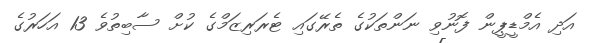
އަދި އެމްޑީޕީން ފޮނުވި ނަންތަކުގެ ތެރޭގައި ޓެރަރިޒަމްގެ ކުށް ސާބިތުވެ 13 އަހަރުގެ